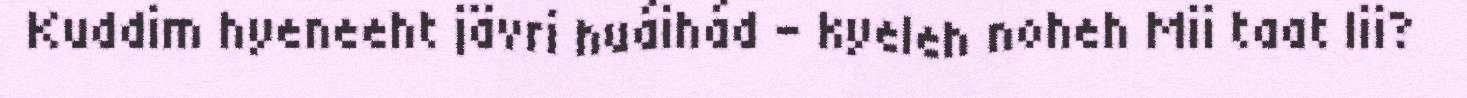
Kuddim hyeneeht jävri huáihád – kyeleh noheh Mii taat lii?